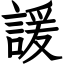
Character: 諼